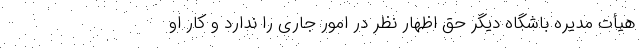
هیأت مدیره باشگاه دیگر حق اظهار نظر در امور جاری را ندارد و کار او